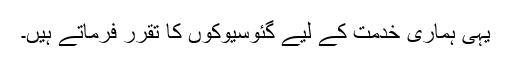
یہی ہماری خدمت کے لیے گئوسیوکوں کا تقرر فرماتے ہیں۔